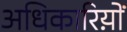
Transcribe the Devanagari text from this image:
अधिकारिय़ों